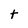
Character: t